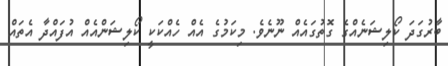
ބާރުގަދަ ކޯލިޝަނެއްގެ ގޮތުގައެއް ނޫނެވެ. މިކަމުގެ އެއް ހެއްކަކީ ކޯލިޝަންއެއް އުފައްދާ އެތައް